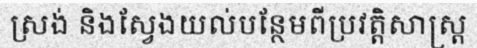
ស្រង់ និងស្វែងយល់បន្ថែមពីប្រវត្តិសាស្ត្រ